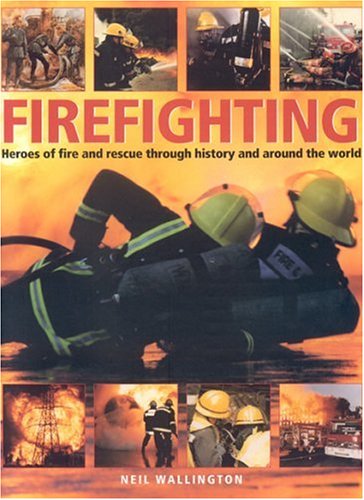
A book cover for Firefighting: Heroes of fire and rescue through history and around the world; Neil Wallington; Engineering & Transportation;